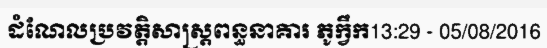
ដំណែលប្រវត្តិសាស្ត្រពន្ធនាគារ ភូក្វឹក13:29 - 05/08/2016